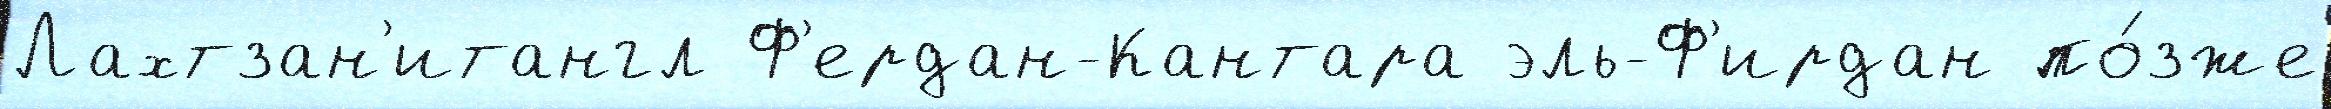
Лахтзан'итангл Ф'ердан-Кантара эль-Ф'ирдан по́зже